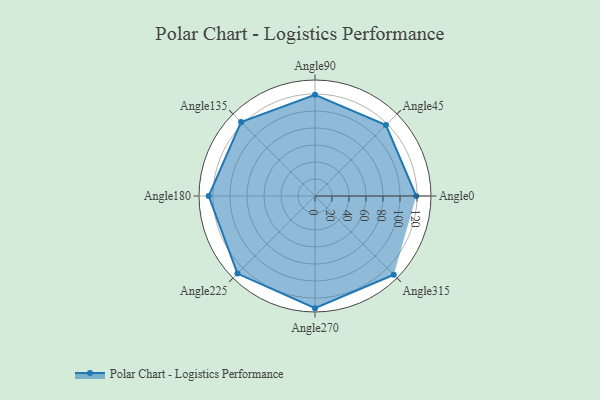
{"axis": {"x": "Angle", "y": "Radius"}, "legend": [""], "data": [{"x": "Angle0", "y": 119.0, "type": ""}, {"x": "Angle45", "y": 118.0, "type": ""}, {"x": "Angle90", "y": 119.0, "type": ""}, {"x": "Angle135", "y": 123.0, "type": ""}, {"x": "Angle180", "y": 125.0, "type": ""}, {"x": "Angle225", "y": 129.0, "type": ""}, {"x": "Angle270", "y": 132.0, "type": ""}, {"x": "Angle315", "y": 131.0, "type": ""}]}